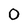
Character: 0